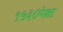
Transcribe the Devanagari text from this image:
१५३०पेक्षा